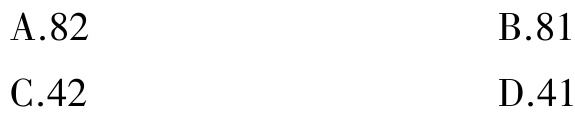
A.82
B.81
C.42
D.41